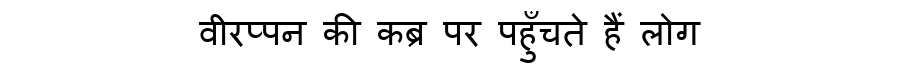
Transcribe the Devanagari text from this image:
वीरप्पन की कब्र पर पहुँचते हैं लोग